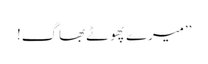
’’میرے پھوٹے بھاگ!